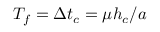
T _ { f } = \Delta t _ { c } = \mu h _ { c } / a